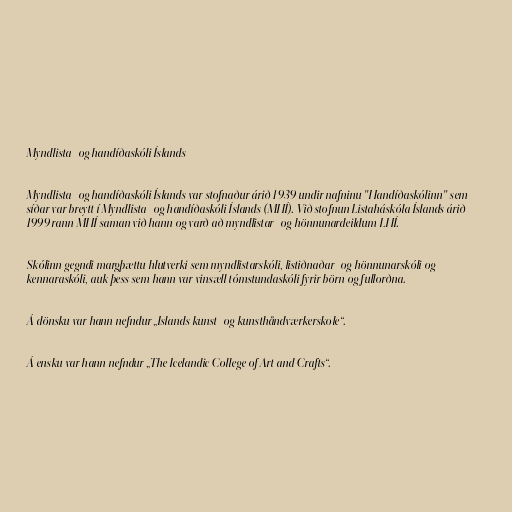
Myndlista- og handíðaskóli Íslands

Myndlista- og handíðaskóli Íslands var stofnaður árið 1939 undir nafninu "Handíðaskólinn" sem
síðar var breytt í Myndlista- og handíðaskóli Íslands (MHÍ). Við stofnun Listaháskóla Íslands árið
1999 rann MHÍ saman við hann og varð að myndlistar- og hönnunardeildum LHÍ.

Skólinn gegndi margþættu hlutverki sem myndlistarskóli, listiðnaðar- og hönnunarskóli og
kennaraskóli, auk þess sem hann var vinsæll tómstundaskóli fyrir börn og fullorðna.

Á dönsku var hann nefndur „Islands kunst- og kunsthåndværkerskole“.

Á ensku var hann nefndur „The Icelandic College of Art and Crafts“.